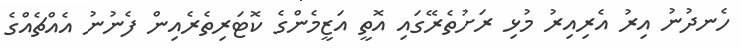
ހެނދުނު އިރު އެރިއިރު މުޅި ރަށުތެރޭގައި އޮތީ އަޒީމެންގެ ކޮޓަރިތެރެއިން ފެނުނު އެެއްޗެއްގެ